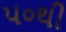
૫૦થી